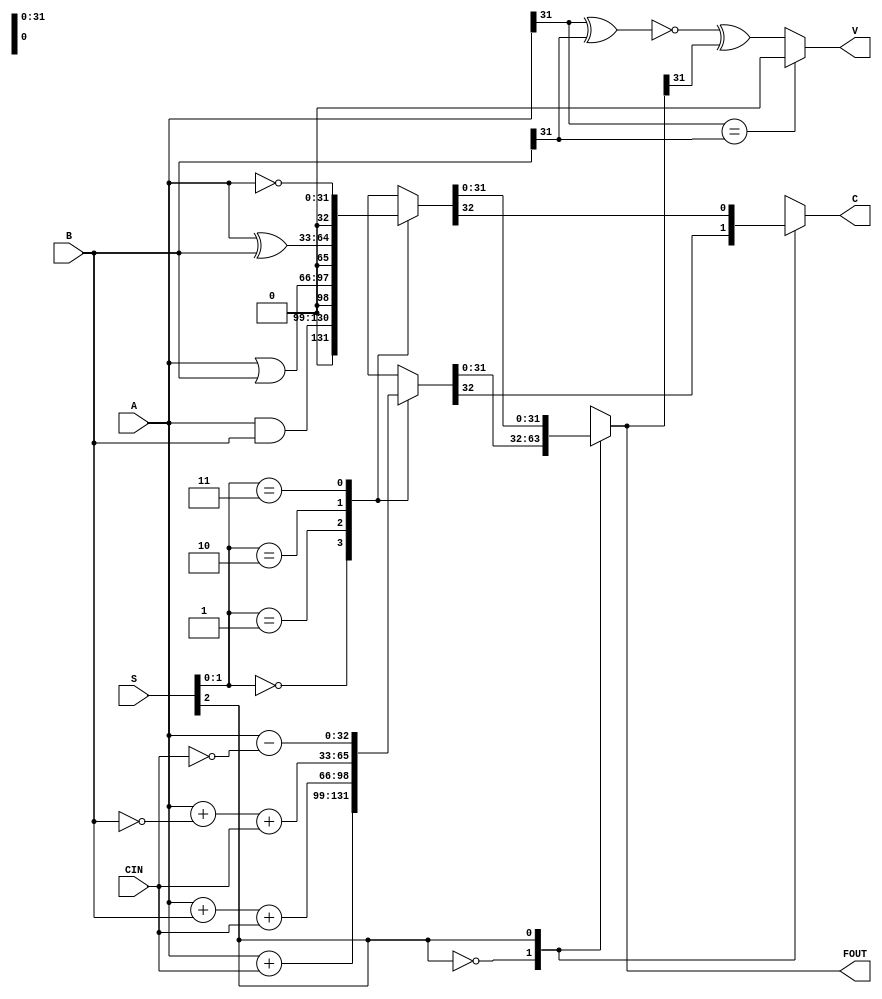
`timescale 1ns / 1ps
//////////////////////////////////////////////////////////////////////////////////
module homework5_risc_alu(
    input [31:0] A,
    input [31:0] B,
    input [2:0] S,  // FS[3:1]
    input CIN,      // FS[0]
    output reg C = 1'b0,
    output reg V = 1'b0,
    output reg [31:0] FOUT = 32'b0
    );
    
    always @(*) begin
        
        case (S[2]) // Mode select
        
            1'b0: // Arithmetic operations

                case (S[1:0]) // Operation select
                    2'b00: // Cin = 0 => Transfer A, Cin = 1 => A + 1, simply just add A + Cin
                        {C, FOUT} = {1'b0, A} + {31'b0, CIN};
                    2'b01: // Cin = 0 => A + B, Cin = 1 => A + B + 1, simply add A + B + Cin 
                        {C, FOUT} = {1'b0, A} + {1'b0, B} + {31'b0, CIN};
                    2'b10: // Cin = 0 => A + !B, Cin = 1 => A + !B + 1, simply add A + !B + Cin
                        {C, FOUT} = {1'b0, A} + {1'b0, ~B} + {31'b0, CIN};
                    2'b11: // Cin = 0 => A - 1, Cin = 1 => Transfer A, simply subtract A - !Cin
                        {C, FOUT} = {1'b0, A} - {31'b0, ~CIN};
                    default: // shouldn't get here 
                        {C, FOUT} = 33'bX;
                endcase 
                
            1'b1: // Logic operations
            
                case (S[1:0]) // Operation select
                    2'b00: // And 
                        {C, FOUT} = {1'b0, A & B};
                    2'b01: // Or
                        {C, FOUT} = {1'b0, A | B};
                    2'b10: // Xor 
                        {C, FOUT} = {1'b0, A ^ B};
                    2'b11: // Not A 
                        {C, FOUT} = {1'b0, ~A};
                    default: // shouldn't get here 
                        {C, FOUT} = 33'bX;
                endcase

        endcase // Mode select

        V <= (A[31] == B[31]) ? 1'b0 : (~(A[31] ^ B[31])) ^ (FOUT[31]);
    
    end // always @(*)
    
    
endmodule